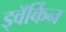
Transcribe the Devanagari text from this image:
ड्वॅर्किन